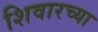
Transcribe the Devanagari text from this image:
शिवारच्या